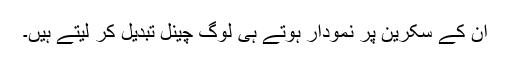
ان کے سکرین پر نمودار ہوتے ہی لوگ چینل تبدیل کر لیتے ہیں۔